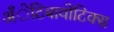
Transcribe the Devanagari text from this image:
अँेटिबायोटिक्स